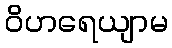
ဝိဟရေယျာမ